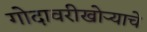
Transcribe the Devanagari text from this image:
गोदावरीखोऱ्याचे